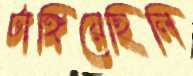
টাঙ্গিয়েছিলি